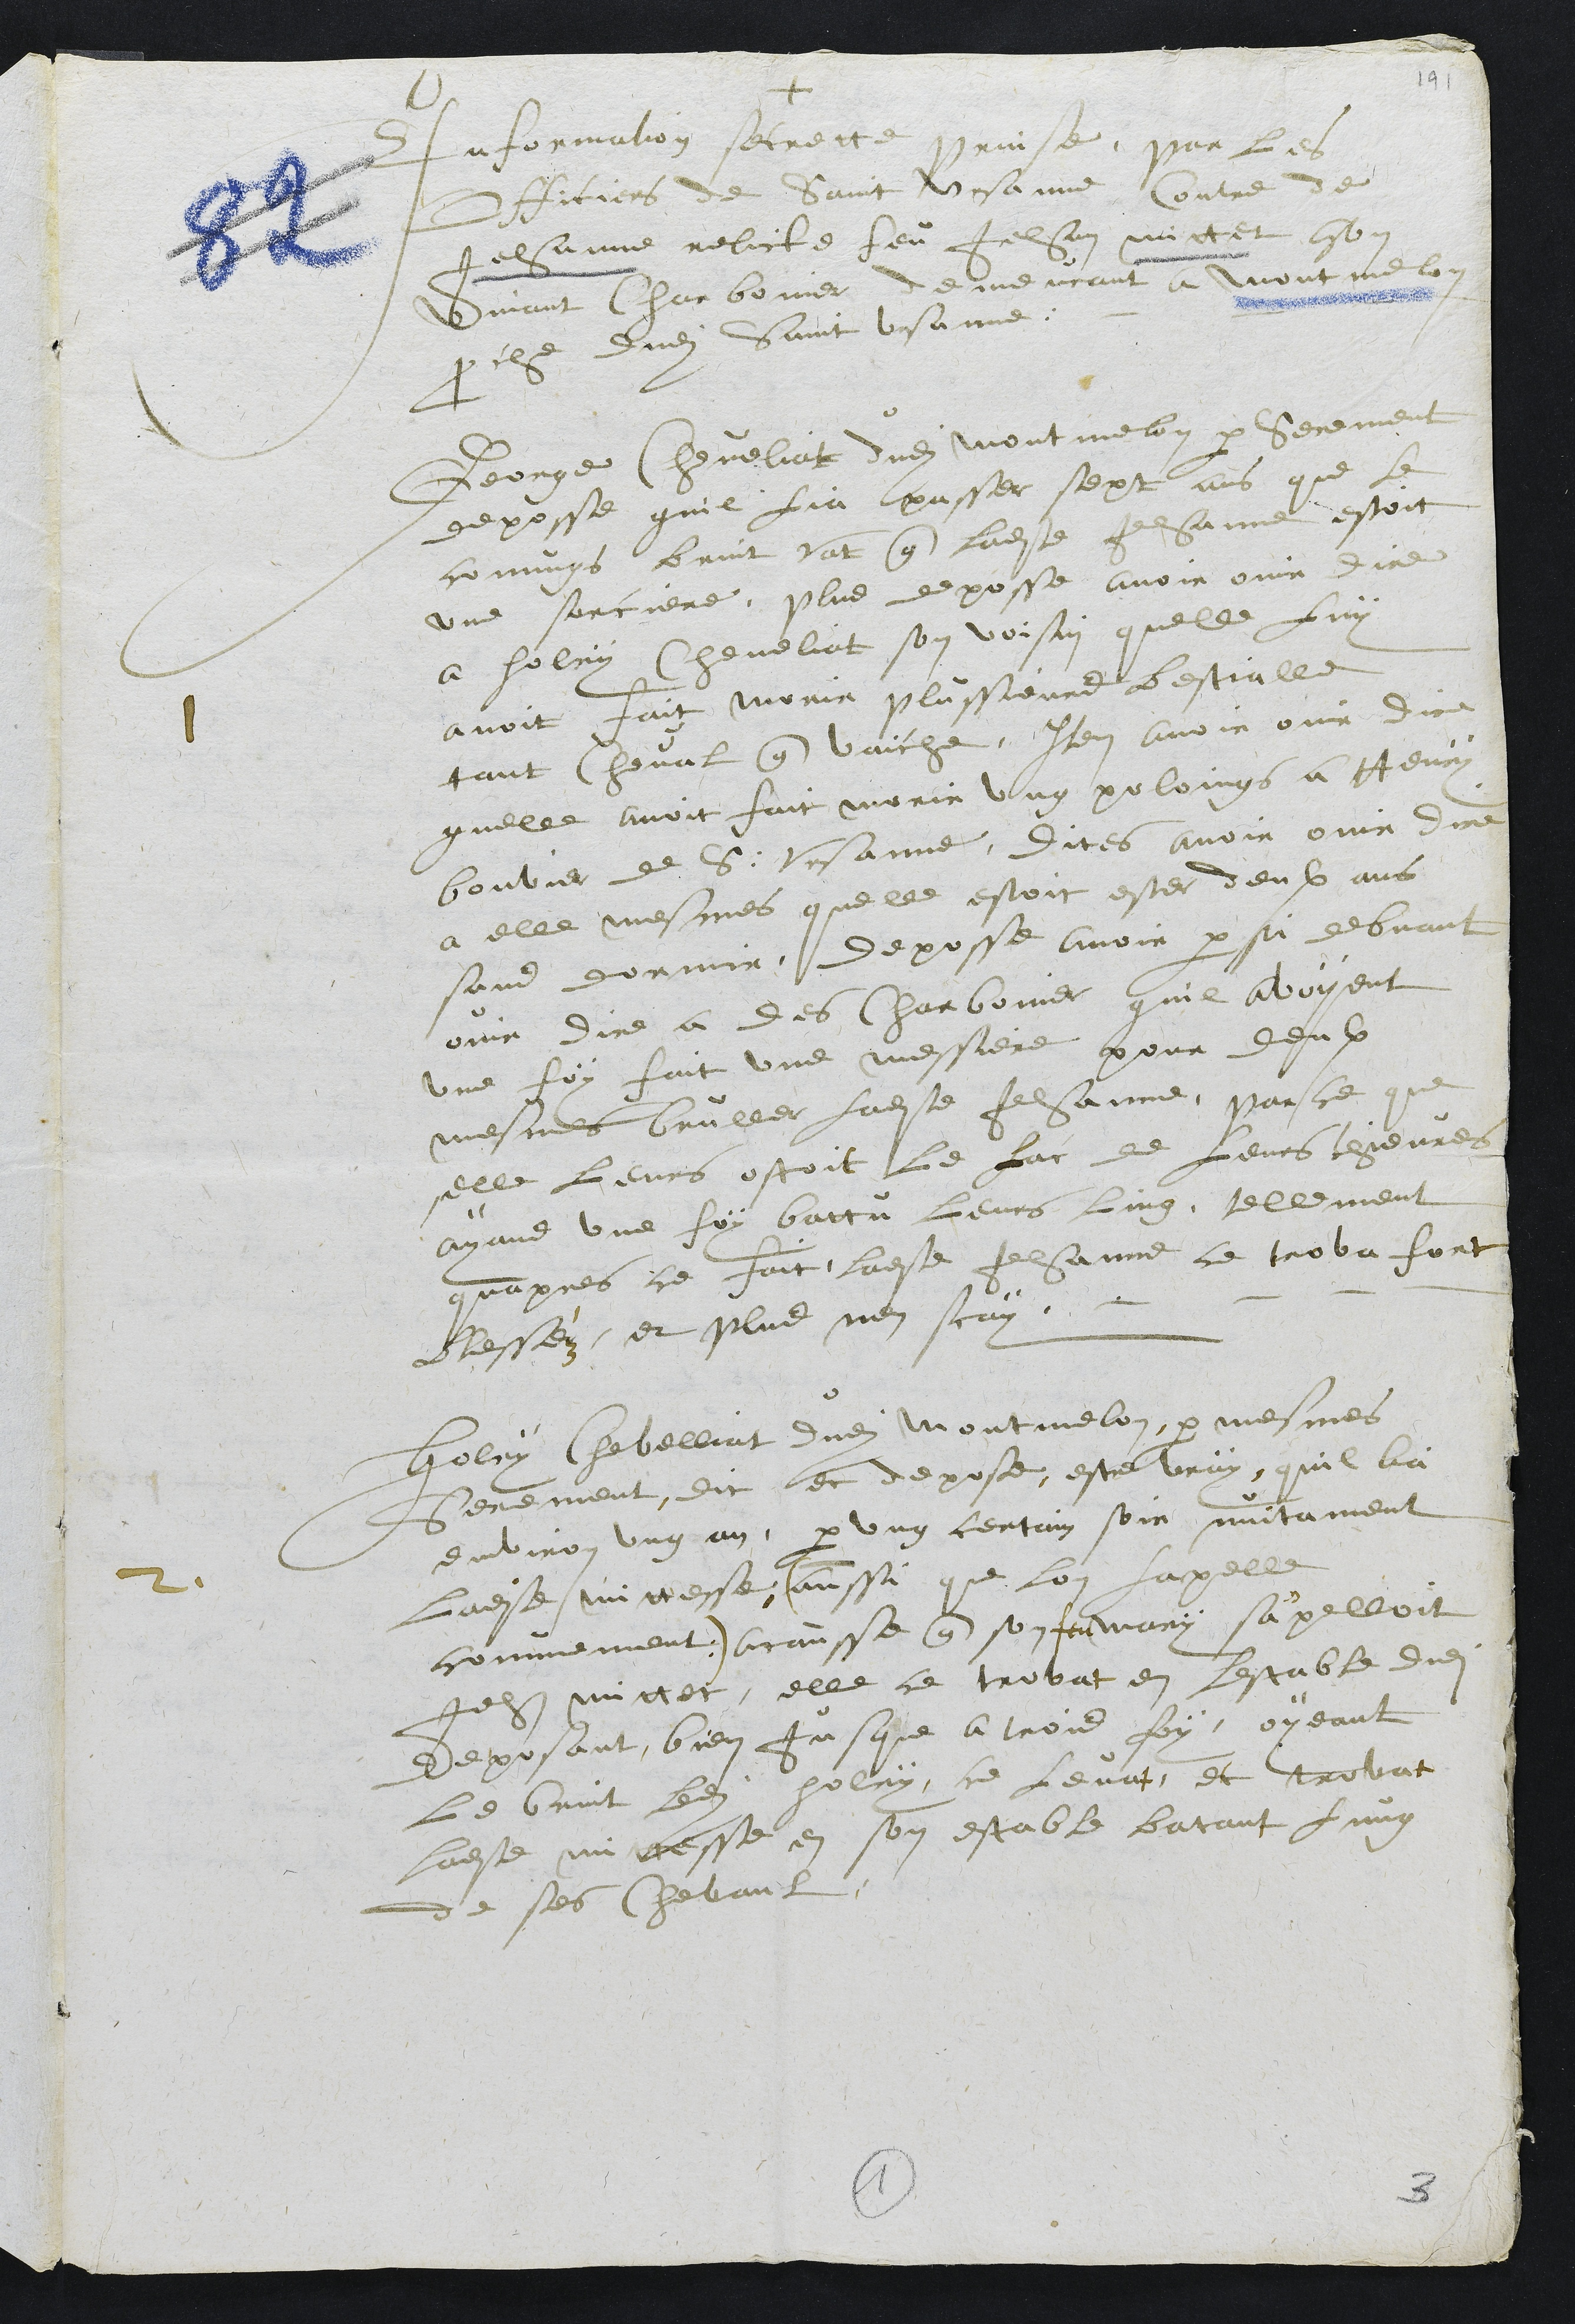
+
Information secrette prinse, par les
Officiers de Saint Ursanne, Contre de
Jehanne relicte feu Jehan mittet ason
vivant Charbonier demeurant a Montmelon
proche dudit Saint Ursanne.
1
George Cheveliat dudit Montmelon par serement
deposse quil lia passer sept ans que le
comungs bruit vat que ladite Jehanne estoit
une sorciere, plus deposse avoir ouir dire
a Holry Cheveliat son voisin quelle luy
avoit fait morir plussieurs bestialle
tant cheval que vaiche, Item avoir ouir dire
quelle avoit fait morir ung poloings a Henry
bouvier de S. Ursanne, dites avoir ouir dire
a elle mesmes quelle estoit ester deux ans
sans dormir, deposse avoir par si debvant
ouir dire a des Charbonier quil avoyent
une foy fait une messiere pour deulx
mesme bruller ladite Jehanne, parce que
elle leurs ostoit le lac de Leurs chievres
ayans une foy battu leurs ling, tellement
quapres ce fait ladite Jehanne ce trova fort
blesséz et plus nen scay.
2
Holry Chevelliat dudit Montmelon, par mesmes
serement, dit et depose estre vray, quil lia
environ ung an, par ung certain soir nuitament
ladite mittesse (ainssi que lon lapelle
comunement) acausse que son feu mary s'apelloit
Jehan Mittet, elle ce trovat en lestable dudit
deposant bien jusque a trois foy, oyeant
le bruit ledit holry ce levat, et trovat
ladite mittesse en son estable batant lung
de ses chevaul.
1
3